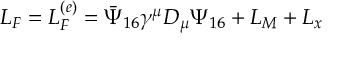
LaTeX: L _ { F } = L _ { F } ^ { ( e ) } = \bar { \Psi } _ { 1 6 } \gamma ^ { \mu } D _ { \mu } \Psi _ { 1 6 } + L _ { M } + L _ { x }